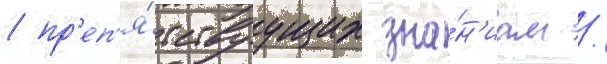
/ пр'еп'я́тствуущих зна́н'иам /